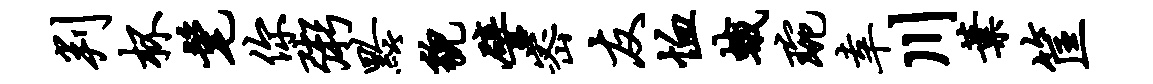
判杯髦你粥黔貌譬密友恤蛾琬幸川叶筐